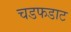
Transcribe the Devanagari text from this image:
चडफडाट